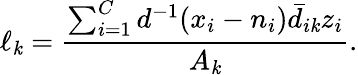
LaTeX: \ell_{\mathit{k}}=\frac{{\sum_{i=1}^{C}d^{-1}(x_{i}-n_{i})\bar{{d}}_{i\mathit{k}}z_{i}}}{{A_{\mathit{k}}}}.